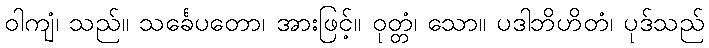
ဝါကျံ၊ သည်။ သင်္ခေပတော၊ အားဖြင့်။ ဝုတ္တံ၊ သော။ ပဒါဘိဟိတံ၊ ပုဒ်သည်